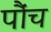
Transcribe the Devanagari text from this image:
पौंच